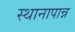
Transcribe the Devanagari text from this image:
स्थानापान्न